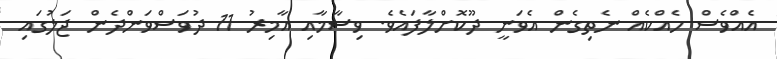
އެއްވެސް ހެއްކެއް ނެތިގެން އެވަނީ ދޫކޮށްލާފައެވެ. ވިސާމާއި އާމިރު 11 ދުވަސްވަންދެން ޖަލުގައި